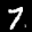
Label: 7